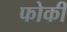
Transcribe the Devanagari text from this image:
फोकी